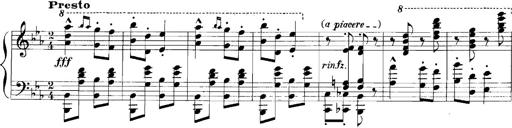
Title: Rhapsodies hongroises
Composer: Franz Liszt